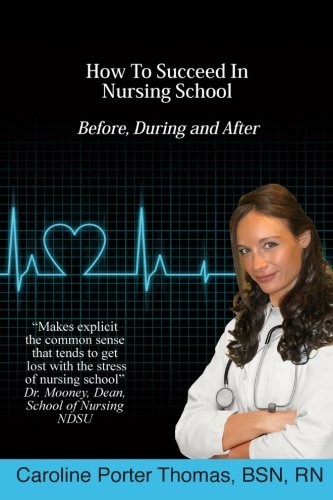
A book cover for How To Succeed In Nursing School; Caroline Porter Thomas; Medical Books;